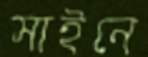
সাইনে